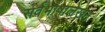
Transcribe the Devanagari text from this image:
सर्वभाषालेखन